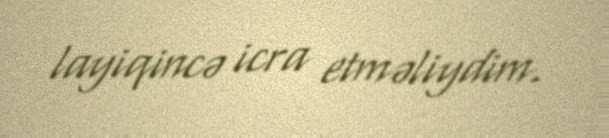
layiqincə icra etməliydim.